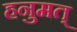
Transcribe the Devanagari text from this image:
हनुमत्